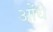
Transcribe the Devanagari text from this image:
ओंधे